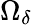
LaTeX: \Omega_{\delta}